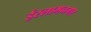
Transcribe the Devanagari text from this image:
ईस्लामनगर